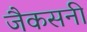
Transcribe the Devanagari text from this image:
जैकसनी